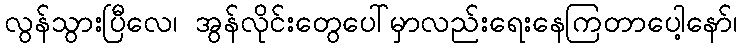
လွန်သွားပြီလေ၊ အွန်လိုင်းတွေပေါ်မှာလည်းရေးနေကြတာပေါ့နော်၊